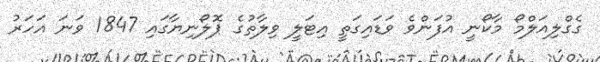
ގެގްލިއަލްމޯ މާކޯނީ އުފަންވެ ވަޑައިގަތީ އިޓަލީ ވިލާތުގެ ޕޮލޯނިޔާގައި 1847 ވަނަ އަހަރު